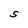
Character: S